Vaccination in the Punjab 1919-1929 - 1919-1929
Year: 1919
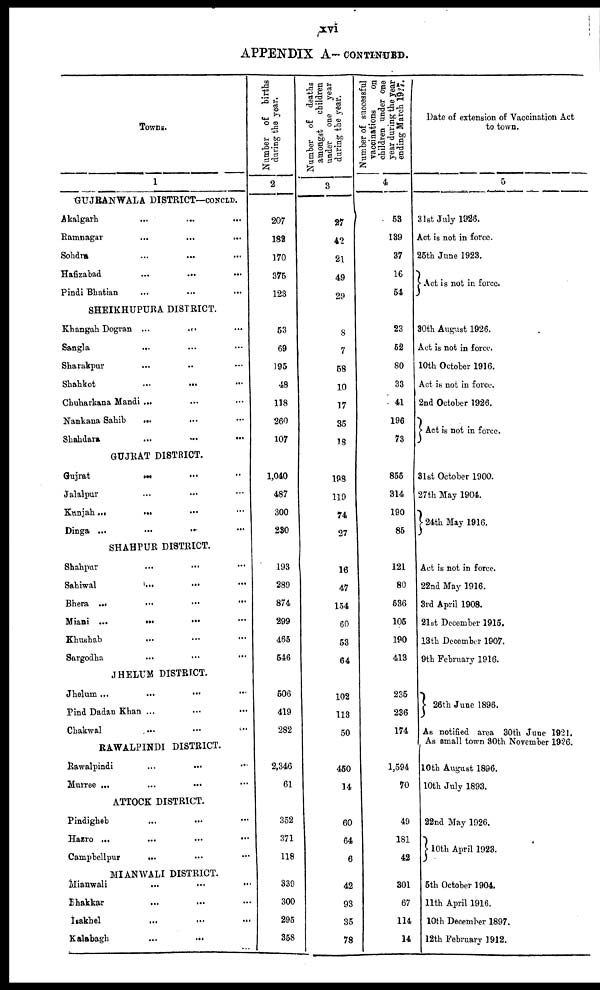
xvi
APPENDIX A— CONTINUED.
Towns.
1
GUJRANWALA DISTRICT—CONCLD.
Akalgarh ... ... ...
Ramnagar ... ... ...
Sohdra ... ... ...
Hafizabad
...
...
...
Pindi Bhatian ... ... ...
SHEIKHUPURA DISTRICT.
Khangah Dogran
...
...
...
Sangla ... ... ...
Sharakpur ... ... ...
Shahkot
...
...
...
Chuharkana Mandi ... ... ...
Nankana Sahib ... ... ...
Shahdara ... ... ...
GUJRAT DISTRICT.
Gujrat
...
...
...
Jalalpur ... ... ...
Kunjah ... ... ...
Dinga ... ... ...
SHAHPUR DISTRICT.
Shahpur ... ... ...
Sahiwal ... ... ...
Bhera
...
...
...
Miani
...
...
...
Khushab ... ... ...
Sargodha ... ... ...
JHELUM DISTRICT.
Jhelum ... ... ...
Pind Dadan Khan ... ... ...
Chakwal
...
...
...
RAWALPINDI DISTRICT.
Rawalpindi ... ... ...
Murree
...
...
...
ATTOCK DISTRICT.
Pindigheb ... ... ...
Hazro ... ... ...
Campbellpur ... ... ...
MIANWALI DISTRICT.
Mianwali
...
...
...
Bhakkar ... ... ...
Isakhel ... ... ...
Kalabagh ... ... ...
Number of births
during the year.
2
207
182
170
375
123
53
69
195
48
118
260
107
1,040
487
300
230
193
289
874
299
465
546
506
419
282
2,346
61
352
371
118
339
300
295
358
Number of deaths
amongst
children
under
one year
during the year.
3
27
42
21
49
29
8
7
58
10
17
35
18
198
119
74
27
16
47
154
60
53
64
102
113
50
450
14
60
64
6
42
93
35
78
Number of successful
vaccinations
on
children under one
year during the year
ending March 1927.
4
53
139
37
16
54
23
52
80
33
41
196
73
855
314
190
85
121
80
536
105
190
413
235
236
174
1,594
70
49
181
42
301
67
114
14
Date of extension of Vaccination Act
to town.
5
31st July 1926.
Act is not in force.
25th June 1923.
Act is not in force.
30th August 1926.
Act is not in force.
10th October 1916.
Act is not in force.
2nd October 1926.
Act is not in force.
31st October 1900.
27th May 1904.
24th May 1916.
Act is not in force.
22nd May 1916.
3rd April 1908.
21st December 1915.
13th December 1907.
9th February 1916.
26th June 1896.
As notified area 30th June 1921.
As small town 30th November 1926.
10th August 1896.
10th July 1893.
22nd May 1926.
10th April 1923.
5th October 1904.
11th April 1916.
10th December 1897.
12th February 1912.